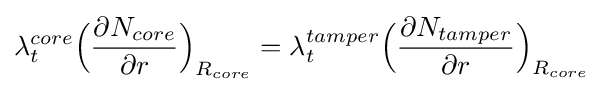
\lambda _{t}^{core}{{\Bigl (}{\frac {\partial N_{core}}{\partial r}}{\Bigr )}}_{R_{core}}=\lambda _{t}^{tamper}{\Bigl (}{\frac {\partial N_{tamper}}{\partial r}}{\Bigr )}_{R_{core}}